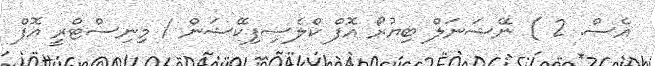
އެސް. 2 ) ނޭޝަނަލް ބިޔުރޯ އޮފް ކްލެސިފިކޭޝަން / މިނިސްޓްރީ އޮފް